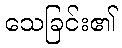
သေခြင်း၏